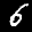
Label: 6